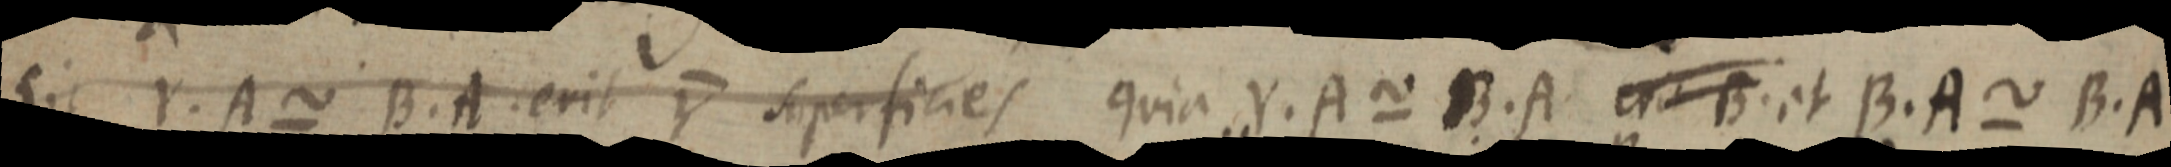
Sit Y. A ~ B. A. erit Y superficies quia Y. A ~ B. A erit B. et B. A. ~ B.A